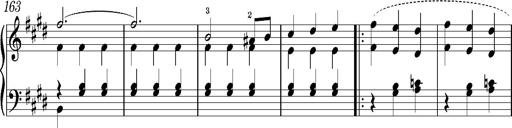
Title: Valses oubliÃ©es
Composer: Franz Liszt